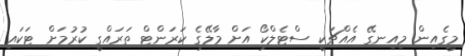
މީގެއިން މިއިނގޭ އެއްޗަކީ ސްޓެލްކޯ އަށް މާލޭގެ ކަރަންޓް ތަރައްގީ ކުރުމަށް ޓަކައި